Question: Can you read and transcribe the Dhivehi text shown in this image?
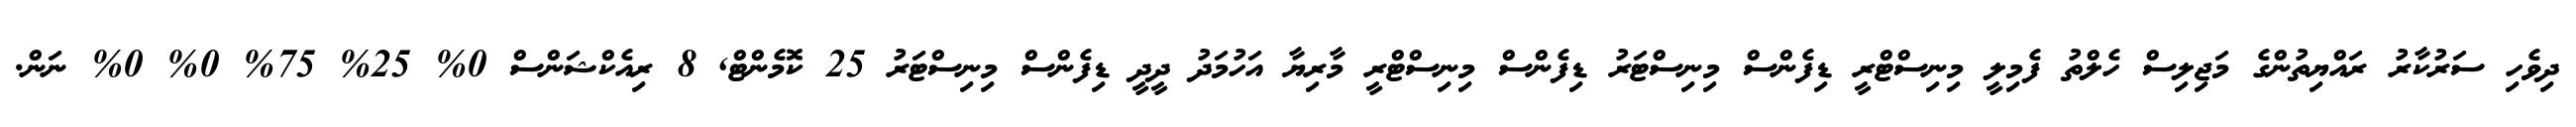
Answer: ދިވެހި ސަރުކާރު ރައްޔިތުންގެ މަޖިލިސް ހެލްތު ފެމިލީ މިނިސްޓްރީ ޑިފެންސް މިނިސްޓަރު ޑިފެންސް މިނިސްޓްރީ މާރިޔާ އަހުމަދު ދީދީ ޑިފެންސް މިނިސްޓަރު 25 ކޮމެންޓް, 8 ރިއެކްޝަންސް 0% 25% 75% 0% 0% ނަން.